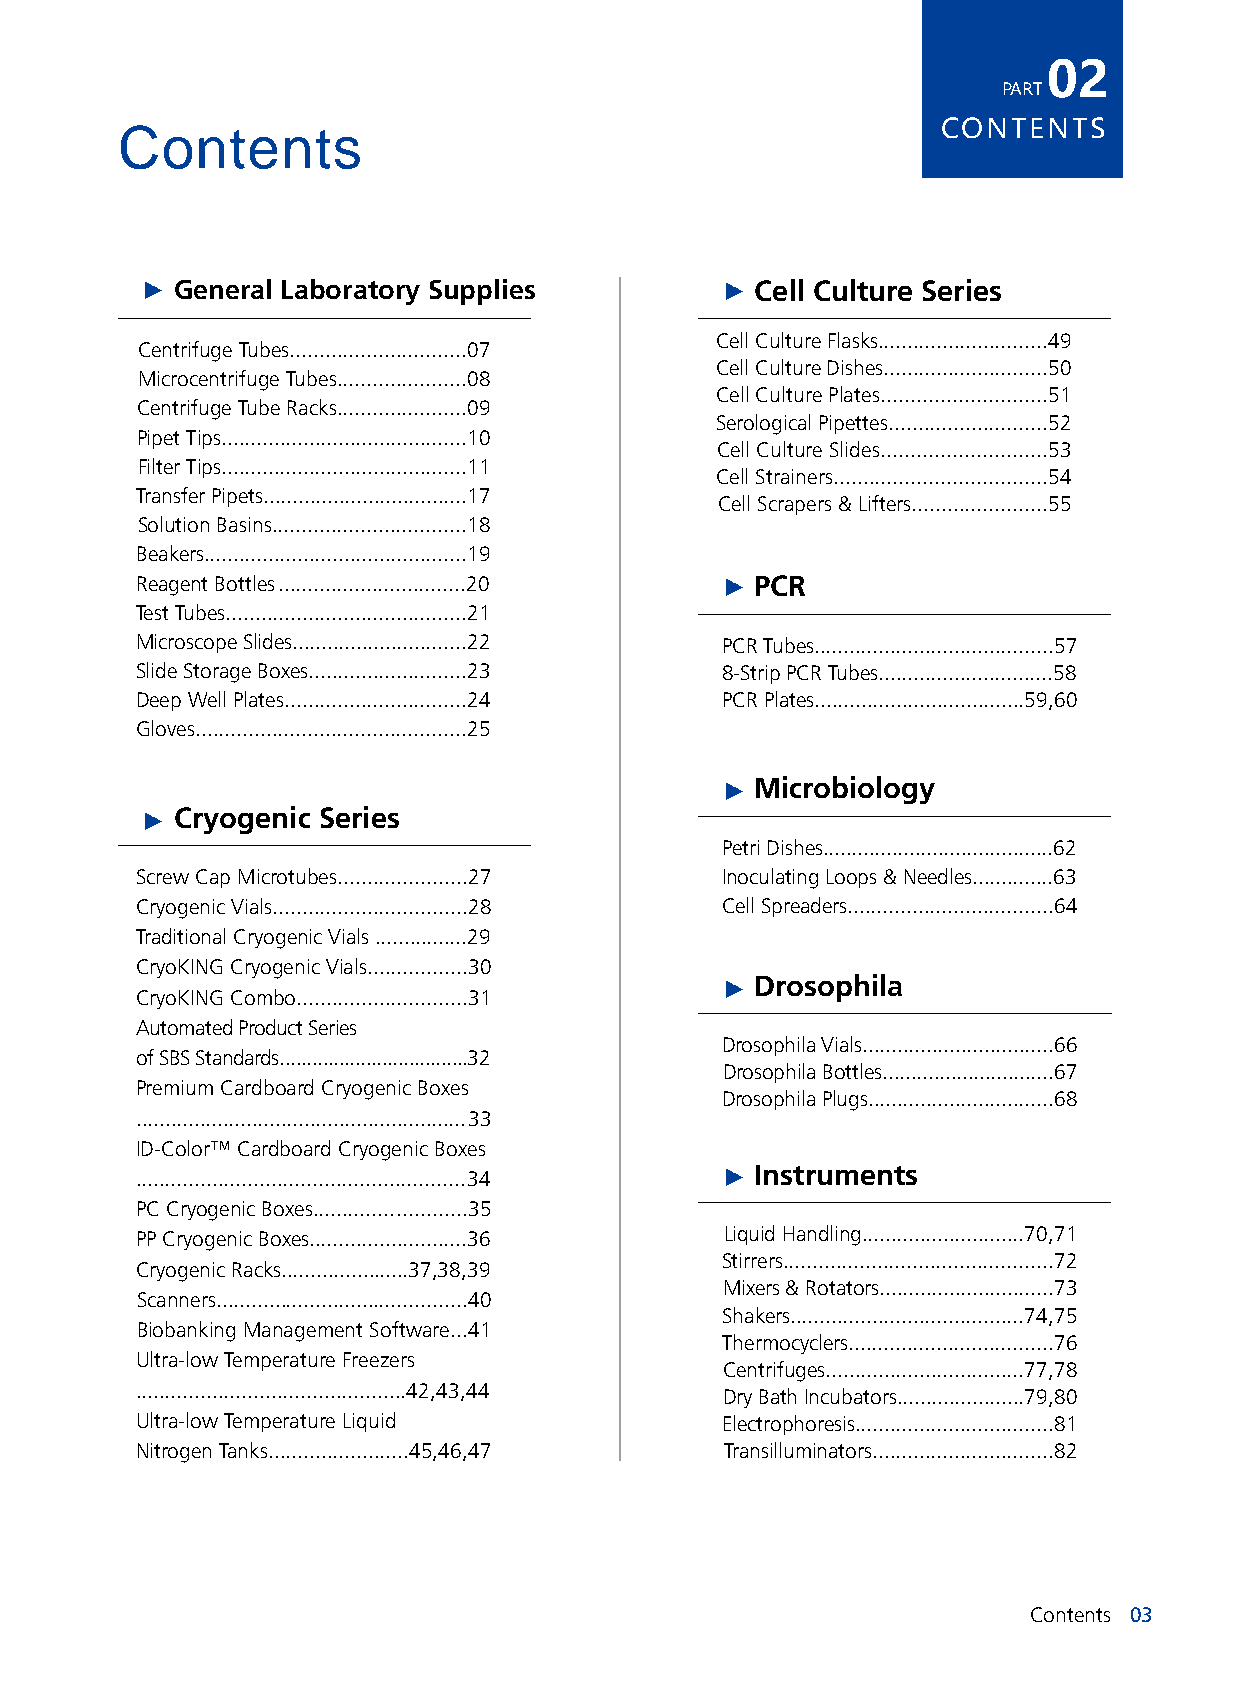
02
 PART
 CONTENTS
 Contents
 General Laboratory Supplies           Cell Culture Series
 Cell Culture Flasks.............................49
 Centrifuge Tubes..............................07
 Cell Culture Dishes............................50
 Microcentrifuge Tubes......................08
 Cell Culture Plates............................51
 Centrifuge Tube Racks......................09
 Serological Pipettes...........................52
 Pipet Tips..........................................10
 Cell Culture Slides............................53
 Filter Tips..........................................11
 Cell Strainers....................................54
 Transfer Pipets...................................17
 Cell Scrapers & Lifters.......................55
 Solution Basins.................................18
 Beakers.............................................19
 Reagent Bottles................................20 PCR
 Test Tubes.........................................21
 Microscope Slides..............................22 PCR Tubes.........................................57
 Slide Storage Boxes...........................23 8-Strip PCR Tubes..............................58
 Deep Well Plates...............................24 PCR Plates....................................59,60
 Gloves..............................................25
 Microbiology
 Cryogenic Series
 Petri Dishes........................................62
 Screw Cap Microtubes......................27 Inoculating Loops & Needles..............63
 Cryogenic Vials.................................28 Cell Spreaders...................................64
 Traditional Cryogenic Vials ................29
 CryoKING Cryogenic Vials.................30
 Drosophila
 CryoKING Combo.............................31
 Automated Product Series
 Drosophila Vials.................................66
 of SBS Standards...................................32
 Drosophila Bottles..............................67
 Premium Cardboard Cryogenic Boxes
 Drosophila Plugs................................68
 .........................................................33
 ID-Color™ Cardboard Cryogenic Boxes
 Instruments ........................................................34
 PC Cryogenic Boxes..........................35
 PP Cryogenic Boxes...........................36 Liquid Handling............................70,71
 Stirrers..............................................72
 Cryogenic Racks......................37,38,39
 Mixers & Rotators..............................73
 Scanners...........................................40
 Shakers........................................74,75
 Biobanking Management Software...41
 Thermocyclers...................................76
 Ultra-low Temperature Freezers
 Centrifuges..................................77,78
 ..............................................42,43,44 Dry Bath Incubators......................79,80
 Ultra-low Temperature Liquid           Electrophoresis..................................81
 Nitrogen Tanks........................45,46,47 Transilluminators...............................82
 Contents 03
 ▲
 ▲
 ▲
 ▲
 ▲
 ▲
 ▲